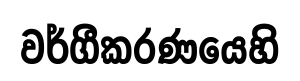
වර්ගීකරණයෙහි